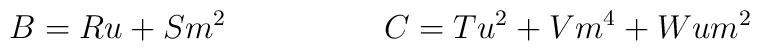
B = R u + S m^2 \hspace{2cm} C = T u^2 + V m^4 + W u m^2